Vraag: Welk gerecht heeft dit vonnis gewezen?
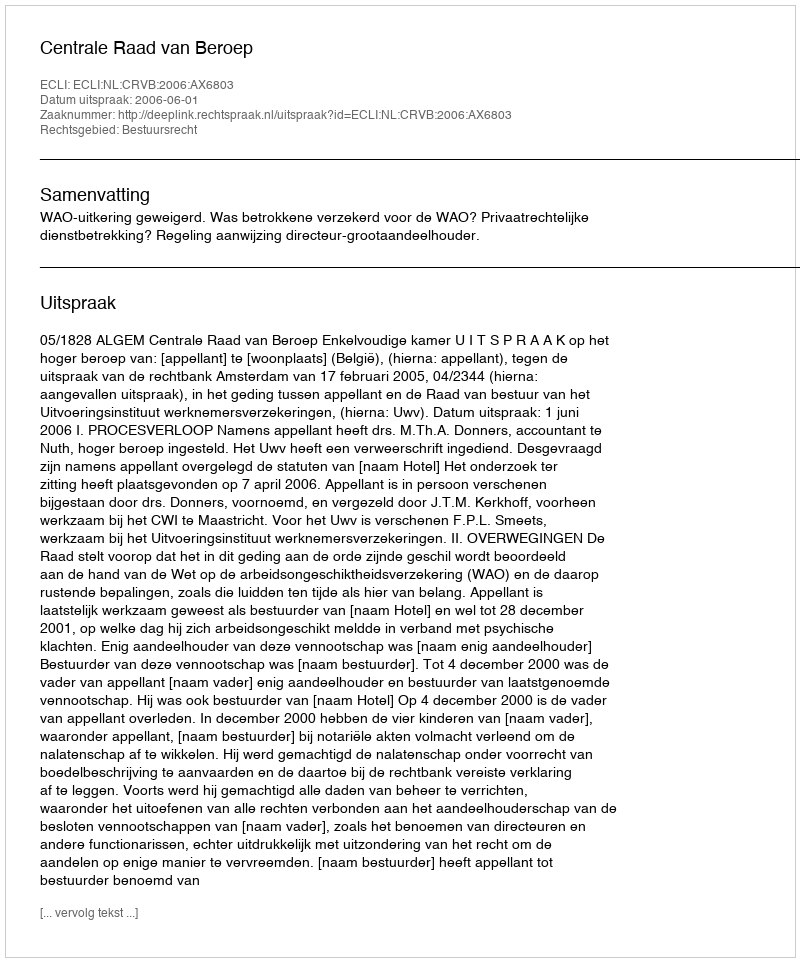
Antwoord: Centrale Raad van Beroep